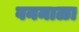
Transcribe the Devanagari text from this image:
वनमाळा